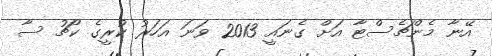
އޭނާ މެންޗެސްޓާ އަށް ގެނައީ 2013 ވަނަ އަހަރު ކުރީގެ ކޯޗު ސާ